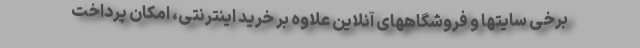
برخی سایتها و فروشگاههای آنلاین علاوه بر خرید اینترنتی، امکان پرداخت